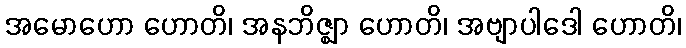
အမောဟော ဟောတိ၊ အနဘိဇ္ဈာ ဟောတိ၊ အဗျာပါဒေါ ဟောတိ၊